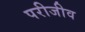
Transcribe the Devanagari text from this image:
परीजीव